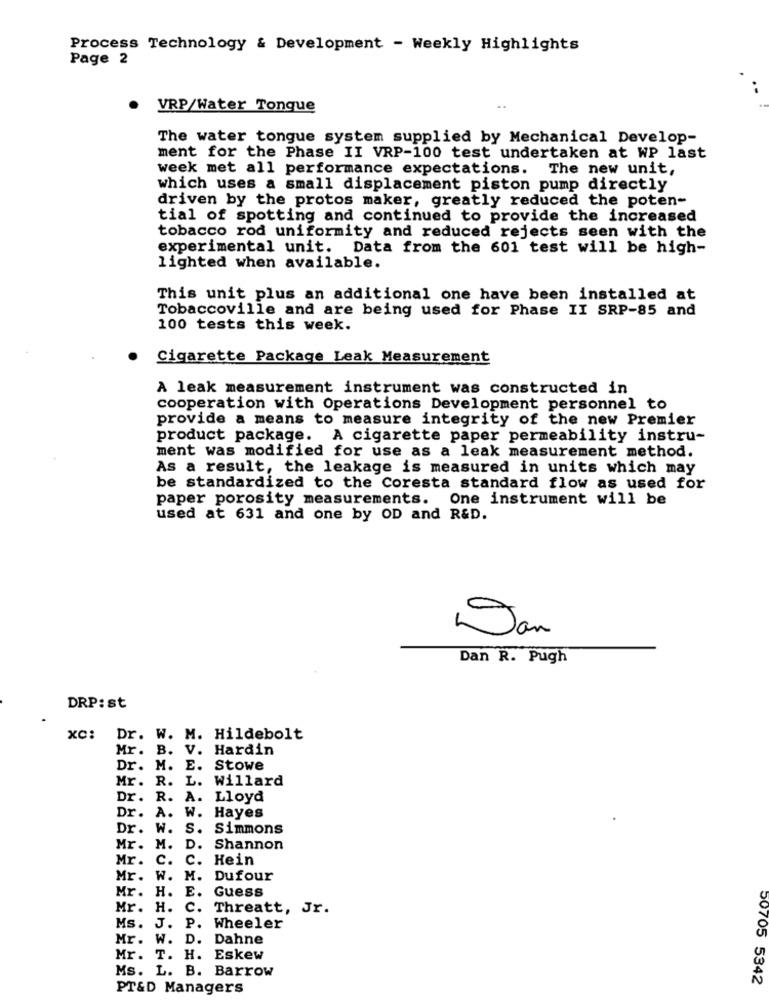
Process Technology & Development - Weekly Highlights
Page 2
VRP/Water Tonque
The water tongue system supplied by Mechanical Develop-
ment for the Phase II VRP-100 test undertaken at WP last
week met all performance expectations. The new unit,
which uses a small displacement piston pump directly
driven by the protos maker, greatly reduced the poten-
tial of spotting and continued to provide the increased
tobacco rod uniformity and reduced rejects seen with the
experimental unit. Data from the 601 test will be high-
lighted when available.
This unit plus an additional one have been installed at
Tobaccoville and are being used for Phase II SRP-85 and
100 tests this week.
Cigarette Package Leak Measurement
A leak measurement instrument was constructed in
cooperation with Operations Development personnel to
provide a means to measure integrity of the new Premier
product package. A cigarette paper permeability instru-
ment was modified for use as a leak measurement method.
As a result, the leakage is measured in units which may
be standardized to the Coresta standard flow as used for
paper porosity measurements. One instrument will be
used at 631 and one by OD and R&D.
Jan
Dan R. Pugh
DRP: st
xC:
Dr. W. M. Hildebolt
Mr. B. V. Hardin
Dr. M. E. Stowe
Mr. R. L. Willard
Dr. R.
A. Lloyd
Dr. A.
W. Hayes
Dr.
W.
S.
Simmons
Mr.
M.
D.
Shannon
Mr.
C.
C.
Hein
Mr.
W.
M.
Dufour
Mr.
H.
E. Guess
Mr.
H.
C.
Threatt, Jr.
J.
P.
Ms.
Wheeler
Mr.
W.
D.
Dahne
Mr.
T.
H. Eskew
Ms. L. B. Barrow
50705 5342
PT&D Managers